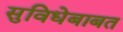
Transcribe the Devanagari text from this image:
सुविधेबाबत